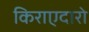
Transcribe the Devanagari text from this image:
किराएदारो